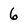
Character: 6